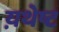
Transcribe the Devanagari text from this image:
य़थेष्ट